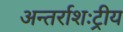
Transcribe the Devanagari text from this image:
अन्तर्राशःट्रीय